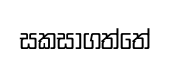
සකසාගත්තේ